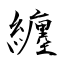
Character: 纏